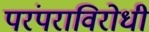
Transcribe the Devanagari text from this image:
परंपराविरोधी